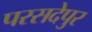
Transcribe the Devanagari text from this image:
परसदेपुर